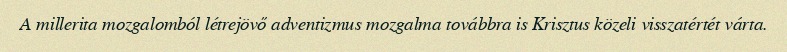
A millerita mozgalomból létrejövő adventizmus mozgalma továbbra is Krisztus közeli visszatértét várta.